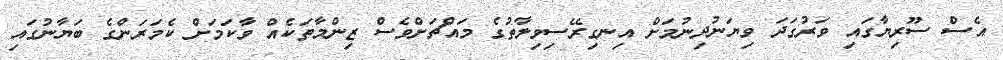
އެސް ސޫރިޔާގައި ވަރުގަދަ ވިޔަނުދިނުމަށް އިނގިރޭސިވިލާތުގެ މައްޗަށްވެސް ޒިންމާތަކެއް ވާކަމަށް ކެމަރަންގެ ބަޔާނުގައި